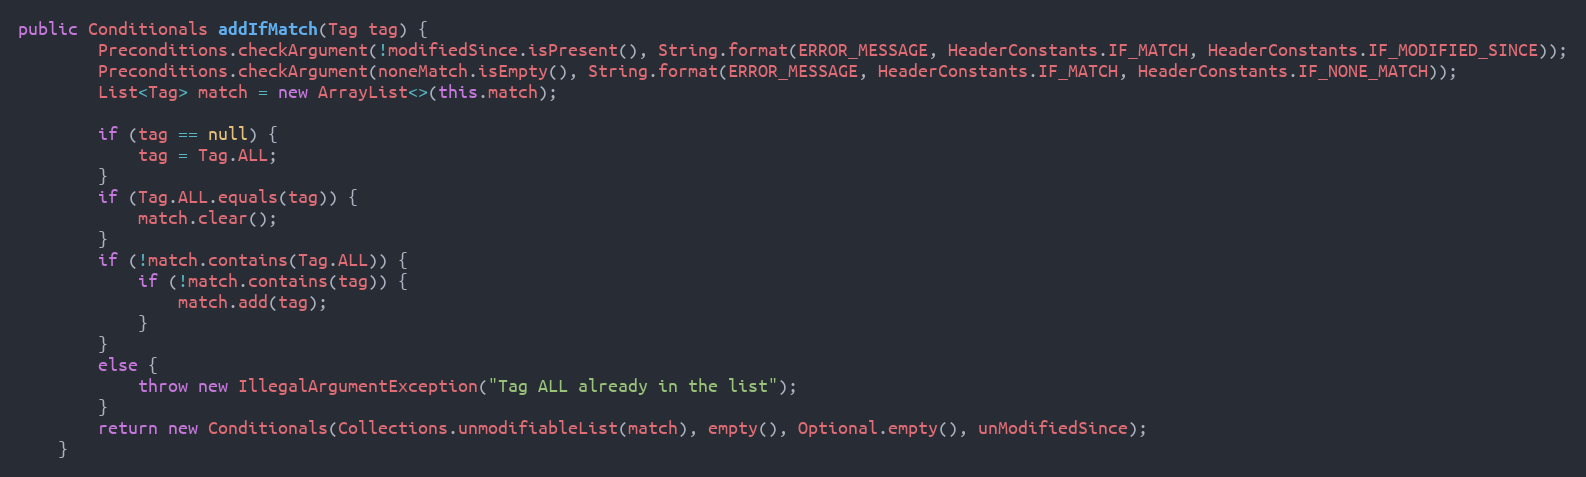
Language: Java
public Conditionals addIfMatch(Tag tag) {
        Preconditions.checkArgument(!modifiedSince.isPresent(), String.format(ERROR_MESSAGE, HeaderConstants.IF_MATCH, HeaderConstants.IF_MODIFIED_SINCE));
        Preconditions.checkArgument(noneMatch.isEmpty(), String.format(ERROR_MESSAGE, HeaderConstants.IF_MATCH, HeaderConstants.IF_NONE_MATCH));
        List<Tag> match = new ArrayList<>(this.match);

        if (tag == null) {
            tag = Tag.ALL;
        }
        if (Tag.ALL.equals(tag)) {
            match.clear();
        }
        if (!match.contains(Tag.ALL)) {
            if (!match.contains(tag)) {
                match.add(tag);
            }
        }
        else {
            throw new IllegalArgumentException("Tag ALL already in the list");
        }
        return new Conditionals(Collections.unmodifiableList(match), empty(), Optional.empty(), unModifiedSince);
    }